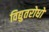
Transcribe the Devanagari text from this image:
विद्युतरोधों